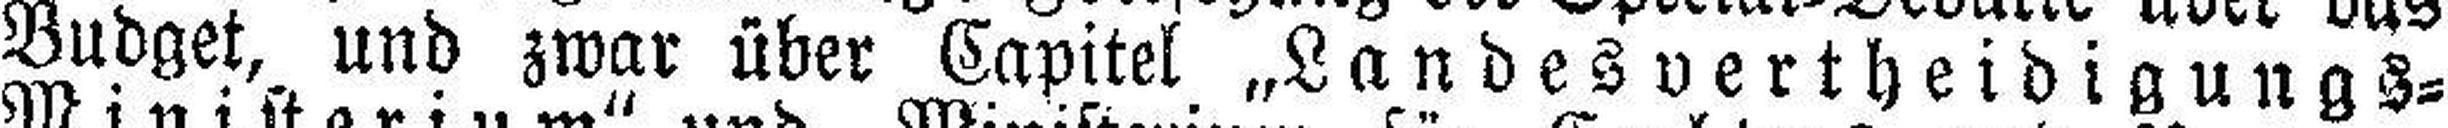
Budget, und zwar über Capitel „Landesvertheidigungs=